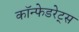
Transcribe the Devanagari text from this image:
कॉन्फेडरेट्स